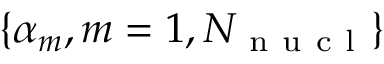
\{ \alpha _ { m } , m = 1 , N _ { \mathrm { ~ n ~ u ~ c ~ l ~ } } \}